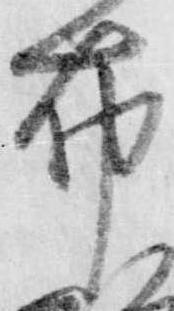
布